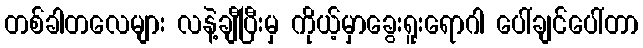
တစ်ခါတလေများ လနဲ့ချီပြီးမှ ကိုယ့်မှာခွေးရူးရောဂါ ပေါ်ချင်ပေါ်တာ